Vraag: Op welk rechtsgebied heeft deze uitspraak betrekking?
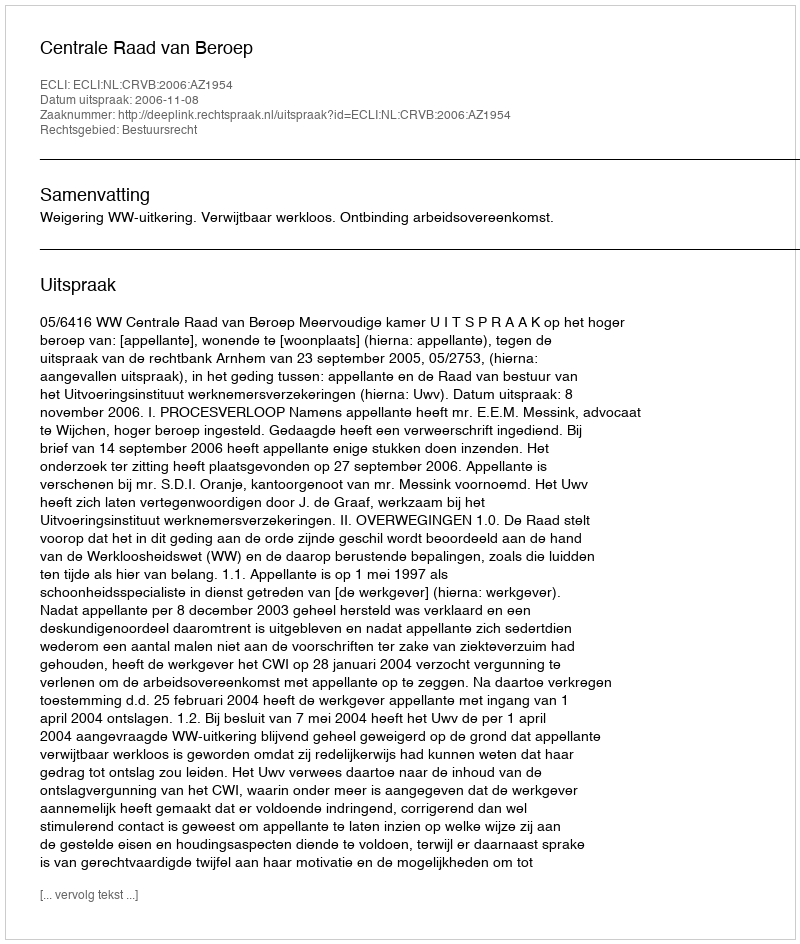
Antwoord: Bestuursrecht